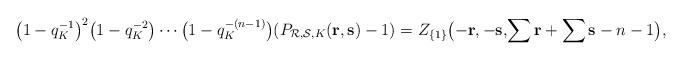
LaTeX: \begin{align*} \bigl(1-q_K^{-1}\bigr)^2 \bigl(1-q_K^{-2}\bigr) \dotsb \bigl(1-q_K^{-(n-1)}\bigr) (P_{\mathcal R,\mathcal S,K}(\mathbf r, \mathbf s)-1) = Z_{\{1\}}\bigl(-\mathbf r, -\mathbf s,\!\sum\mathbf r +\sum\mathbf s - n -1\bigr), \end{align*}